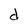
Character: d